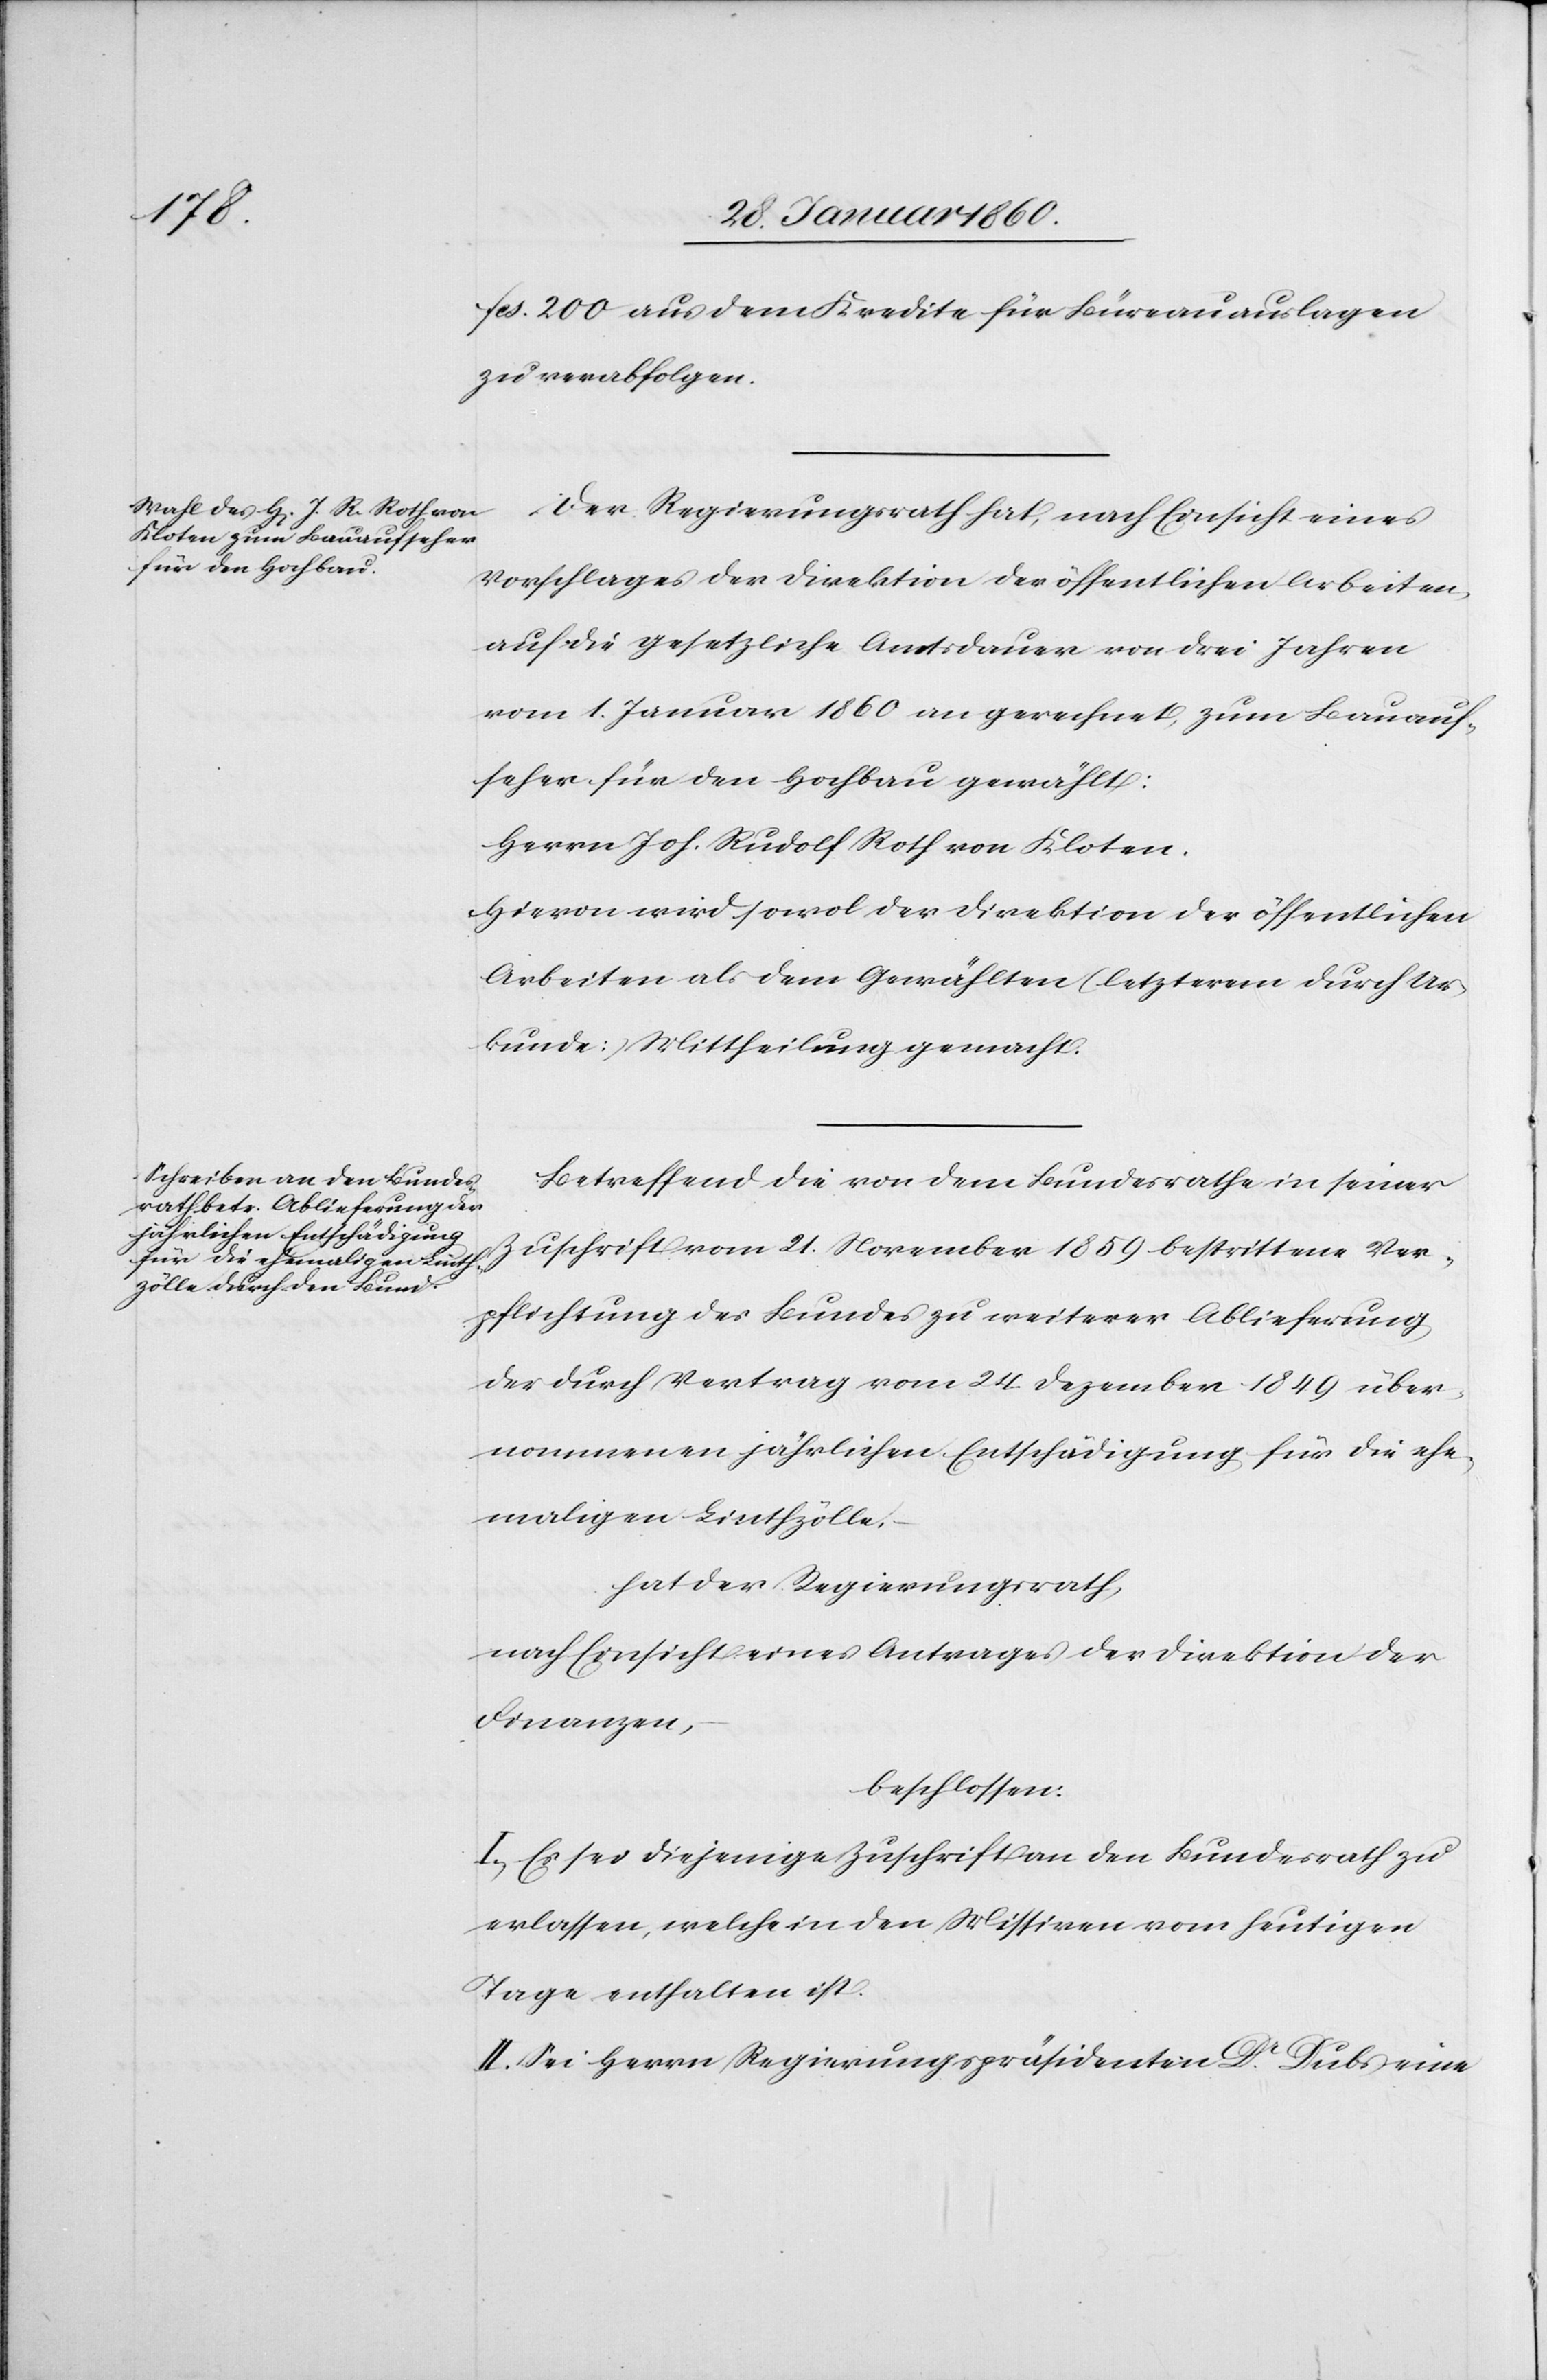
fcs. 200 aus dem Kredite für Büreauauslagen
zu verabfolgen.
Der Regierungsrath hat, nach Einsicht eines
Vorschlages der Direktion der öffentlichen Arbeiten,
auf die gesetzliche Amtsdauer von drei Jahren
vom 1. Januar 1860 an gerechnet, zum Bauauf¬
seher für den Hochbau gewählt:
Herrn Joh. Rudolf Roth von Kloten.
Hievon wird sowol der Direktion der öffentlichen
Arbeiten als dem Gewählten (letzterm durch Ur¬
kunde) Mittheilung gemacht.
Betreffend die von dem Bundesrathe in seiner
Zuschrift vom 21. November 1859 bestrittene Ver¬
pflichtung des Bundes zu weiterer Ablieferung
der durch Vertrag vom 24. Dezember 1849 über¬
nommenen jährlichen Entschädigung für die ehe¬
maligen Linthzölle,
hat der Regierungsrath,
nach Einsicht eines Antrages der Direktion der
Finanzen,
beschlossen:
I. Es sei diejenige Zuschrift den Bundesrath zu
erlassen, welche in den Missiven vom heutigen
Tage enthalten ist.
II. Sei Herrn Regierungspräsidenten Dr Dubs eine